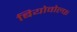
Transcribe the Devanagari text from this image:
बियोवोल्फ